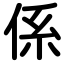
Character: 係